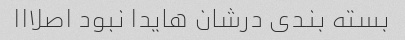
بسته بندی درشان هایدا نبود اصلااا